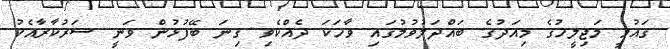
ގައުމީ މަޖިލީހުގެ މިއަދުގެ ބައްދަލުވުމުގައި ވާހަކަ ދެއްކެވި ގިނަ ބޭފުޅުން ވަނީ ސަރުކާރާއެކު